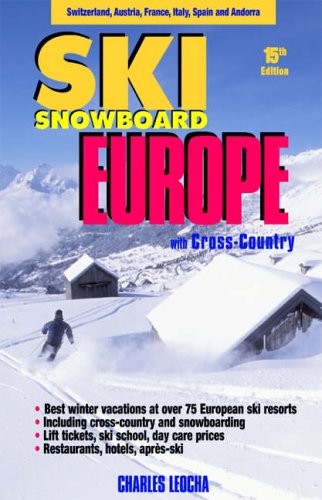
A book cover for Ski Snowboard Europe: Winter Resorts In Austria, France, Italy, Switzerland, Spain & Andorra; Charles Leocha; Travel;